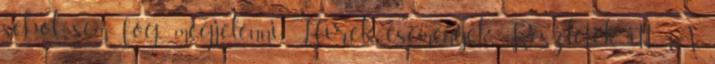
sehol sem fog megjelenni. Hírek, események Részletek itt A